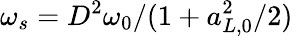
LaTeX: \omega_{s}=D^{2}\omega_{0}/(1+a_{L,0}^{2}/2)